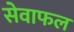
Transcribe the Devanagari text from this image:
सेवाफल